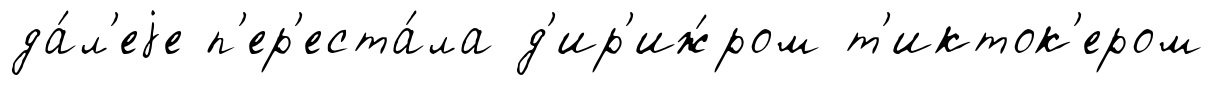
да́л'еjе п'ер'еста́ла д'ир'иж́ром т'икток'ером